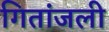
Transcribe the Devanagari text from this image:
गितांजली